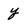
Character: y